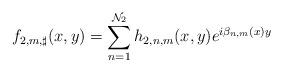
LaTeX: \begin{align*}f_{2,m,\sharp}(x,y)=\sum_{n=1}^{\mathcal{N}_2}h_{2,n,m}(x,y)e^{i\beta_{n,m}(x)y}\end{align*}